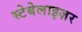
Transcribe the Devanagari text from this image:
स्टेबेलाइज़र